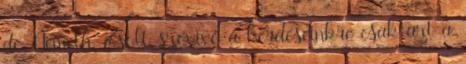
de Németh Zsolt szóvivő a kérdéseinkre csak azt a